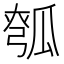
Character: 𪼵